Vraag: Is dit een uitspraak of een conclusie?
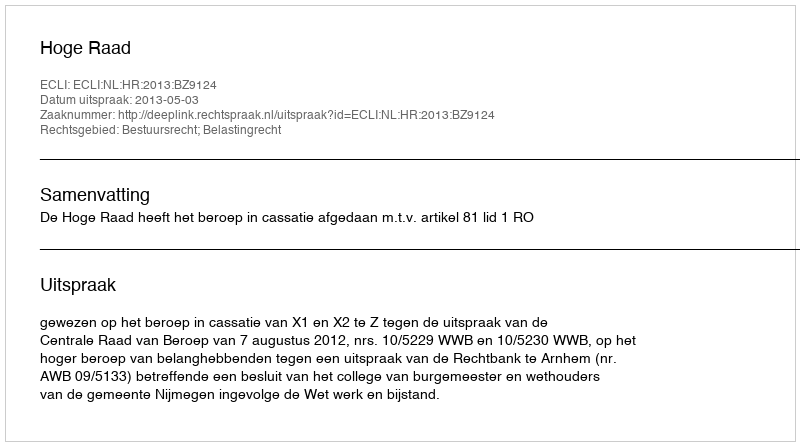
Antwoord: Uitspraak